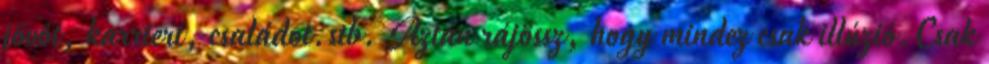
jövôt, karriert, családot.stb. Aztán rájössz, hogy mindez csak illúzió.Csak